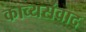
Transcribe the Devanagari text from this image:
काव्यसंवाद